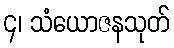
၄၊ သံယောဇနသုတ်